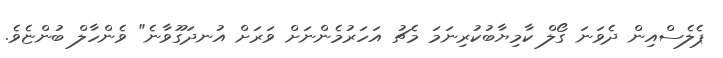
ޕެލެސްއިން ދެވަނަ ގޯލް ކާމިޔާބުކުރިނަމަ މެޗު އަހަރުމެންނަށް ވަރަށް އުނދަގޫވާނެ" ވެންހާލް ބުންޏެވެ.